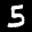
Label: 5